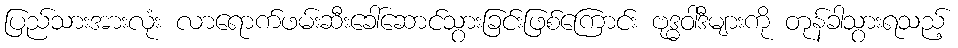
ပြည်သားအားလုံး လာရောက်ဖမ်းဆီးခေါ်ဆောင်သွားခြင်းဖြစ်ကြောင်း ဗုဒ္ဓဝါဒီများကို တုန်ခါသွားရသည့်